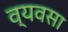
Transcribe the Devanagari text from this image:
व्यवसा